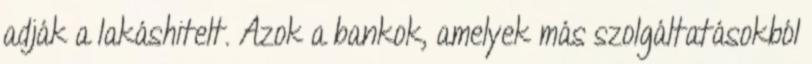
adják a lakáshitelt. Azok a bankok, amelyek más szolgáltatásokból